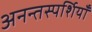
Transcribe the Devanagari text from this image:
अनन्तस्पर्शियाँ